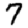
Digit: 7